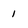
Character: 1